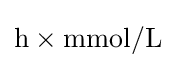
\mathrm {h\times mmol/L}